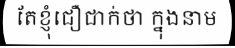
តែខ្ញុំជឿជាក់ថា ក្នុងនាម